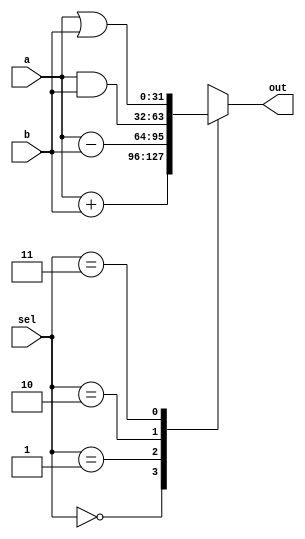
module alu(
	input [31:0] a,b,
	input [1:0] sel,
	output reg signed [31:0] out
);

	always @(a or b or sel)
	begin
		case(sel)
			3'b00: out = a+b;	
			3'b01: out = a-b;	
			3'b10: out = a&b;	
			3'b11: out = a|b;	
			3'b00: out = 0;
			default: out= 0;
		endcase
	end

endmodule